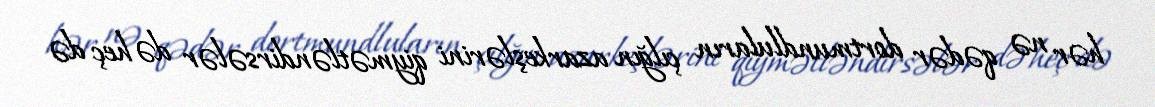
hər nə qədər dortmundluların çılğın azarkeşlərini qiymətləndirsələr də heç də